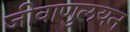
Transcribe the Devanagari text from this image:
जीवाणुलयन